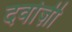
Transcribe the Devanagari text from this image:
दर्वाज़ी